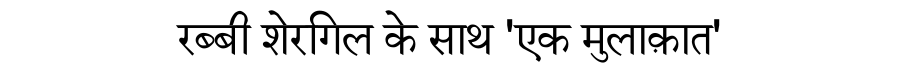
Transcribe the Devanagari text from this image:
रब्बी शेरगिल के साथ 'एक मुलाक़ात'